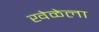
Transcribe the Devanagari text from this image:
खेळेला